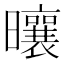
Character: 𪱒